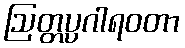
ဩတ္တပ္ပဂါရဝတာ